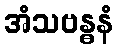
အံသဗန္ဓနံ